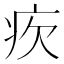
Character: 𤴼